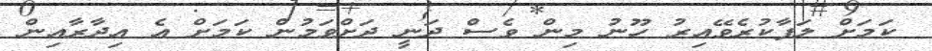
ކަމަށް ލަފާކުރެވޭއިރު ހޫނު މިން ވެސް ދަނީ ދަށްވަމުން ކަމަށް އެ އިދާރާއިން